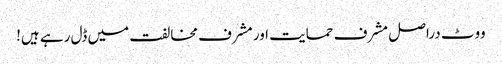
ووٹ دراصل مشرف حمایت اور مشرف مخالفت میں ڈل رہے ہیں!